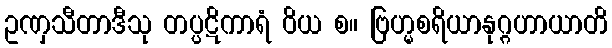
ဥဏှသီတာဒီသု တပ္ပဋိကာရံ ဝိယ စ။ ဗြဟ္မစရိယာနုဂ္ဂဟာယာတိ